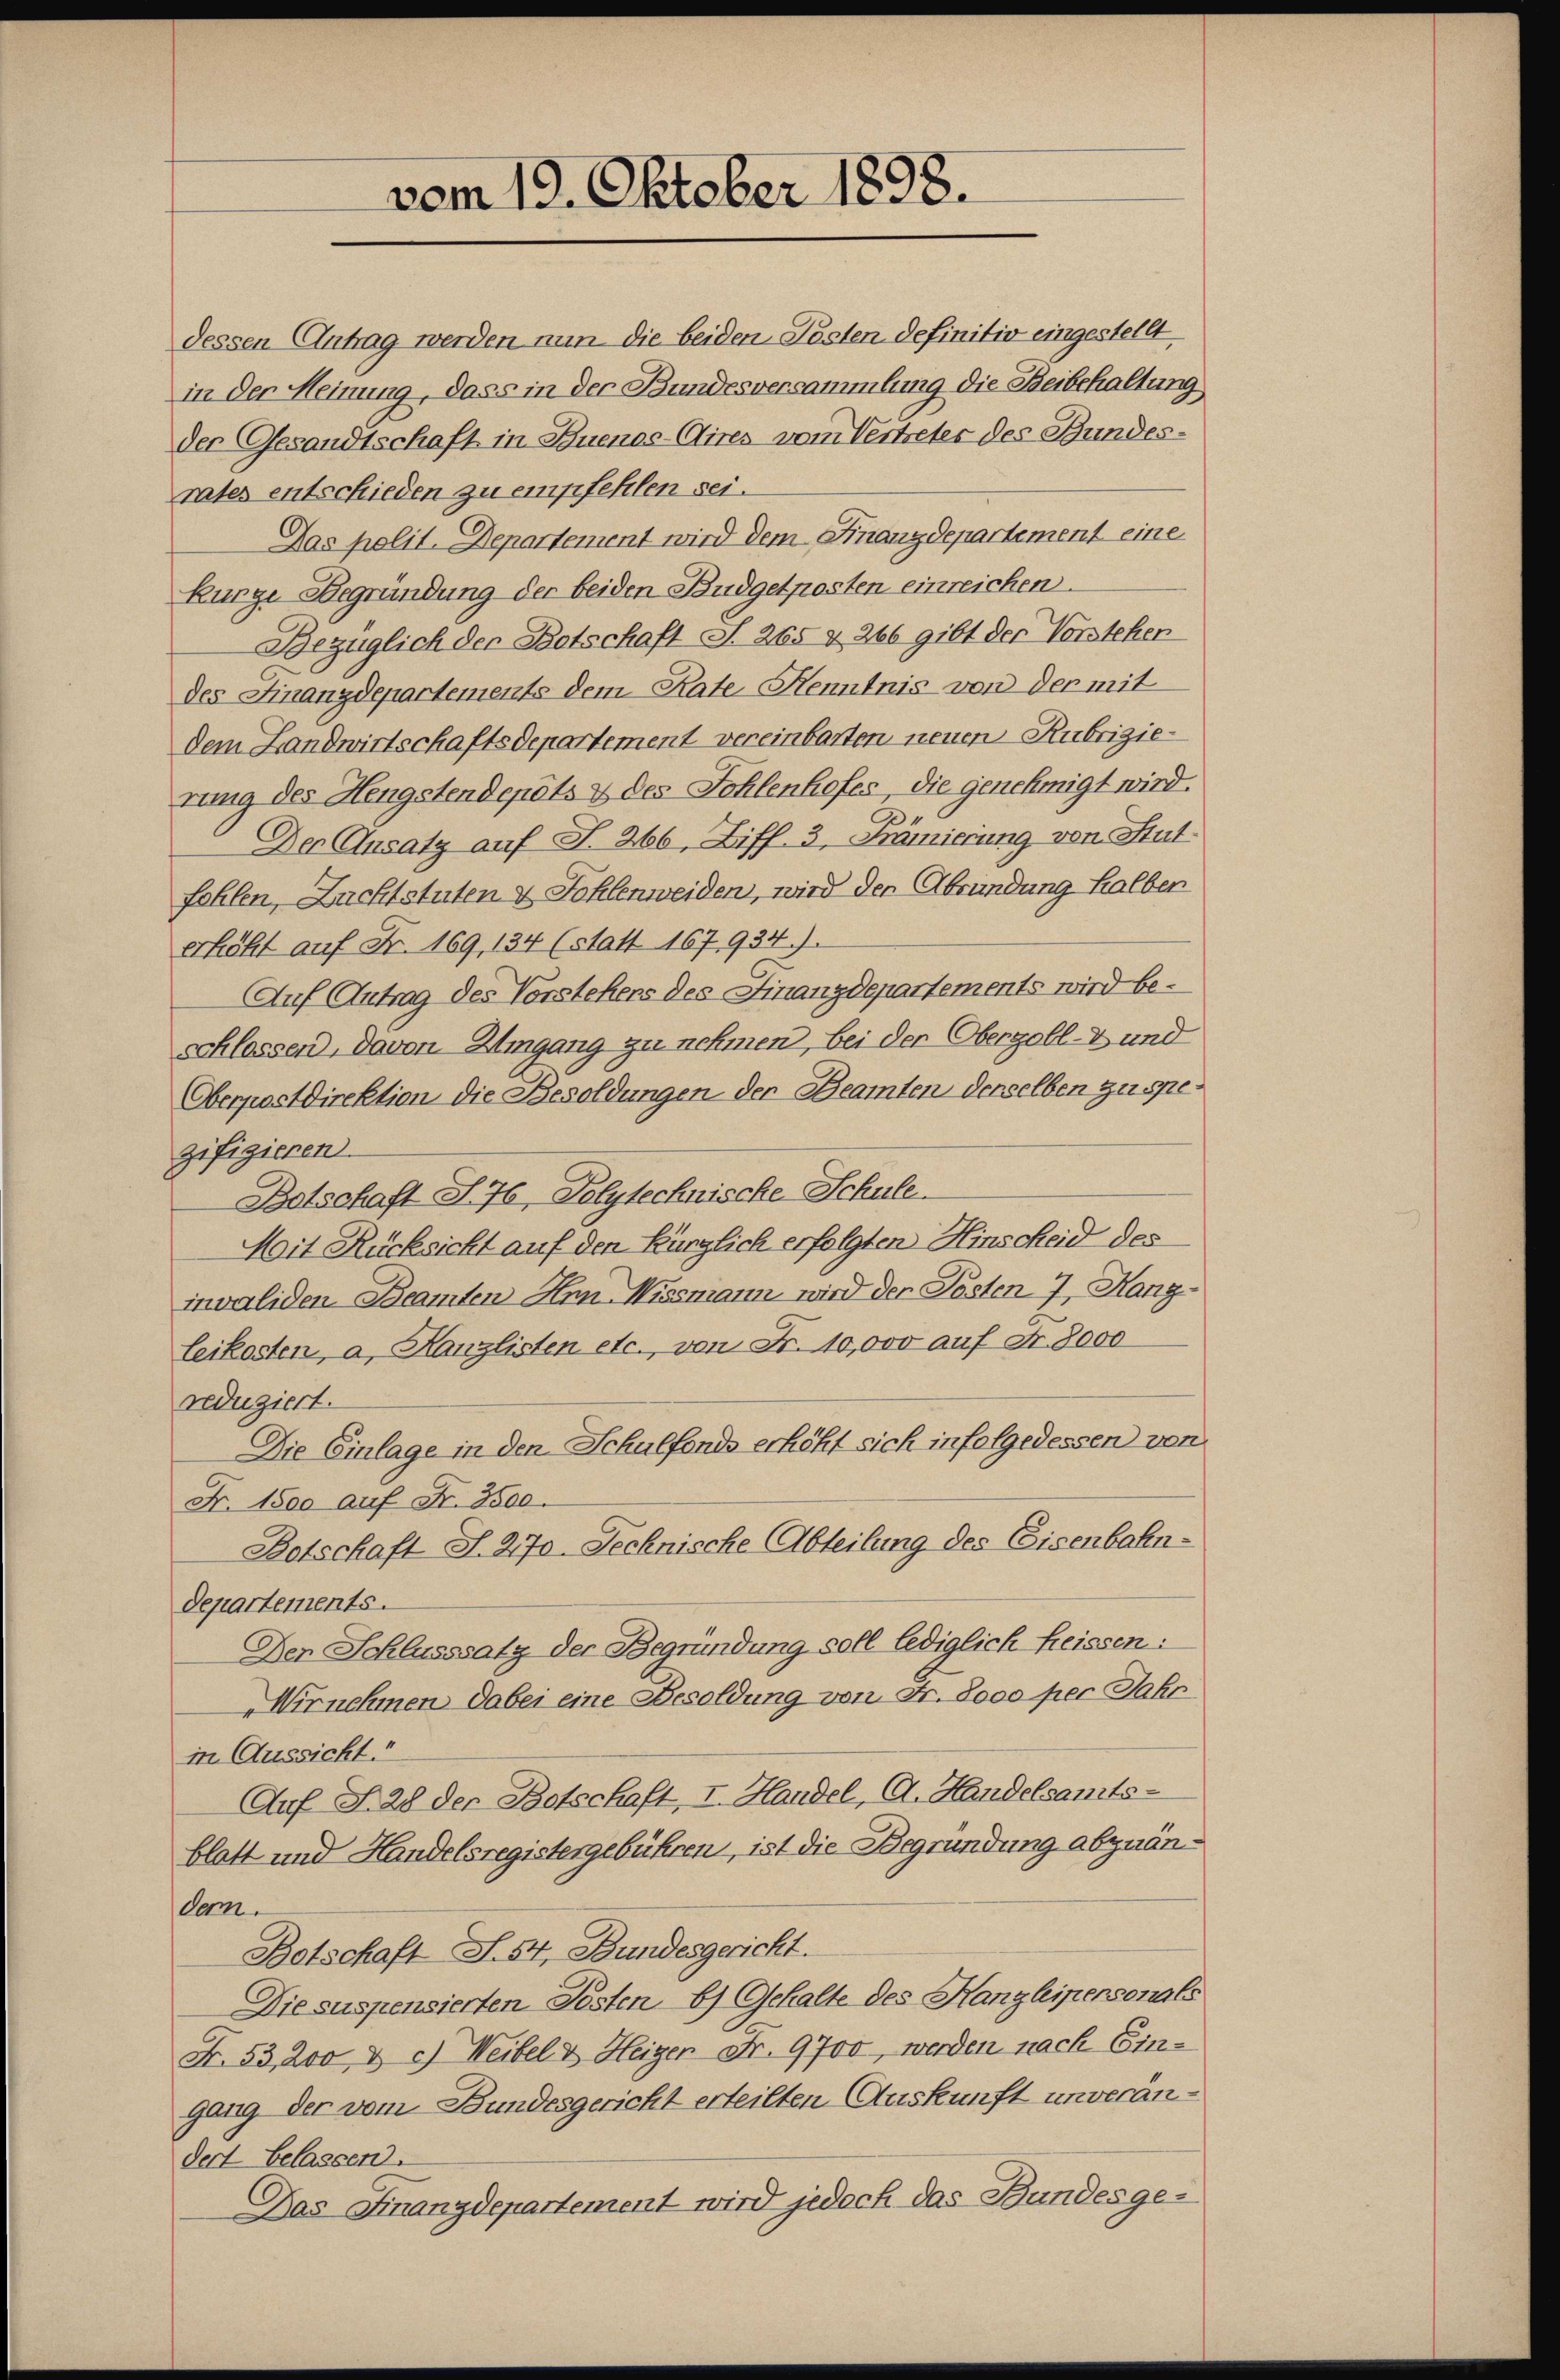
vom 19. Oktober 1898.

dessen Antrag werden nun die beiden Pösten definitiv eingestellt.
in der Meinung, dass in der Bundesversammlung die Beibehaltung
der Gesandtschaft in Buenos-Aires vom Vertreter des Bundesrates entschieden zu empfehlen sei.
Das polit. Departement wird dem Finanzdepartement eine
Kurge Begründung der beiden Budgetposten einreichen.
Bezüglich der Botschaft S. 265 & 266 gibt der Vorstehen
des Finanzdepartements dem Rate. Henntnis von der mit
dem Landwirtschaftsdepartement vereinbarten neuen Rubrizierung des Hengstendepots & des Sohlenhofes, die genehmigt wird.
Der Ansatz auf S. 266, Ziff. 3, Prämierung von Stut
fohlen, Zuchtstuten & Fohlenweiden, wird den Abrundung halber
erhöht auf Fr. 169, 134 (statt 167, 934).
Auf Antrag des Vorstehers des Finanzdepartements wird be-
schlossen, davon Umgang zu nehmen, bei der Obergoll- und
Oberpostdirektion die Besoldungen der Beamten derselben zu spegifizieren.
Batschaft S. 76, Polytechnische Schule.
Mit Rücksicht auf den Kürzlich erfolgten Hinscheid des
invaliden Beamten Hrn. Wissmann wird der Pösten 7, Hang-
leikosten, a. Kanzlisten etc., von Fr. 10,000 auf Fr. 8000
reduziert.
Die Einlage in den Schulfonds erhöht sich infolgedessen von
Fr. 1500 auf Fr. 3500.
Botschaft S. 270. Sechnische Abteilung des Eisenbahn-
departements.
Der Schlusssatz der Begründung soll lediglich heissen:
Wirnehmen dabei eine Besoldung von Fr. 8000 per Jahr
in Aussicht.“
Auf S. 28 der Botschaft, I. Handel, A. Handelsamts-
blatt und Handelsregistergebühren, ist die Begründung abzuändem.
Botschaft S. 54, Bundesgericht.
Die suspensierten Jesten, b) Gehalte des Hanzleipersonals
Fr. 53, 200 & c.) Weibel & Heizer Fr. 9700, werden nach Eingang der vom Bundesgericht erteilten Auskunft unverändert belassen.
Das Finanzdepartement wird jedoch das Bundesge¬